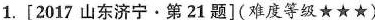
1. [2017山东济宁·第21题](难度等级★★★)